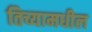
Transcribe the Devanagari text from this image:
तिच्यामधील